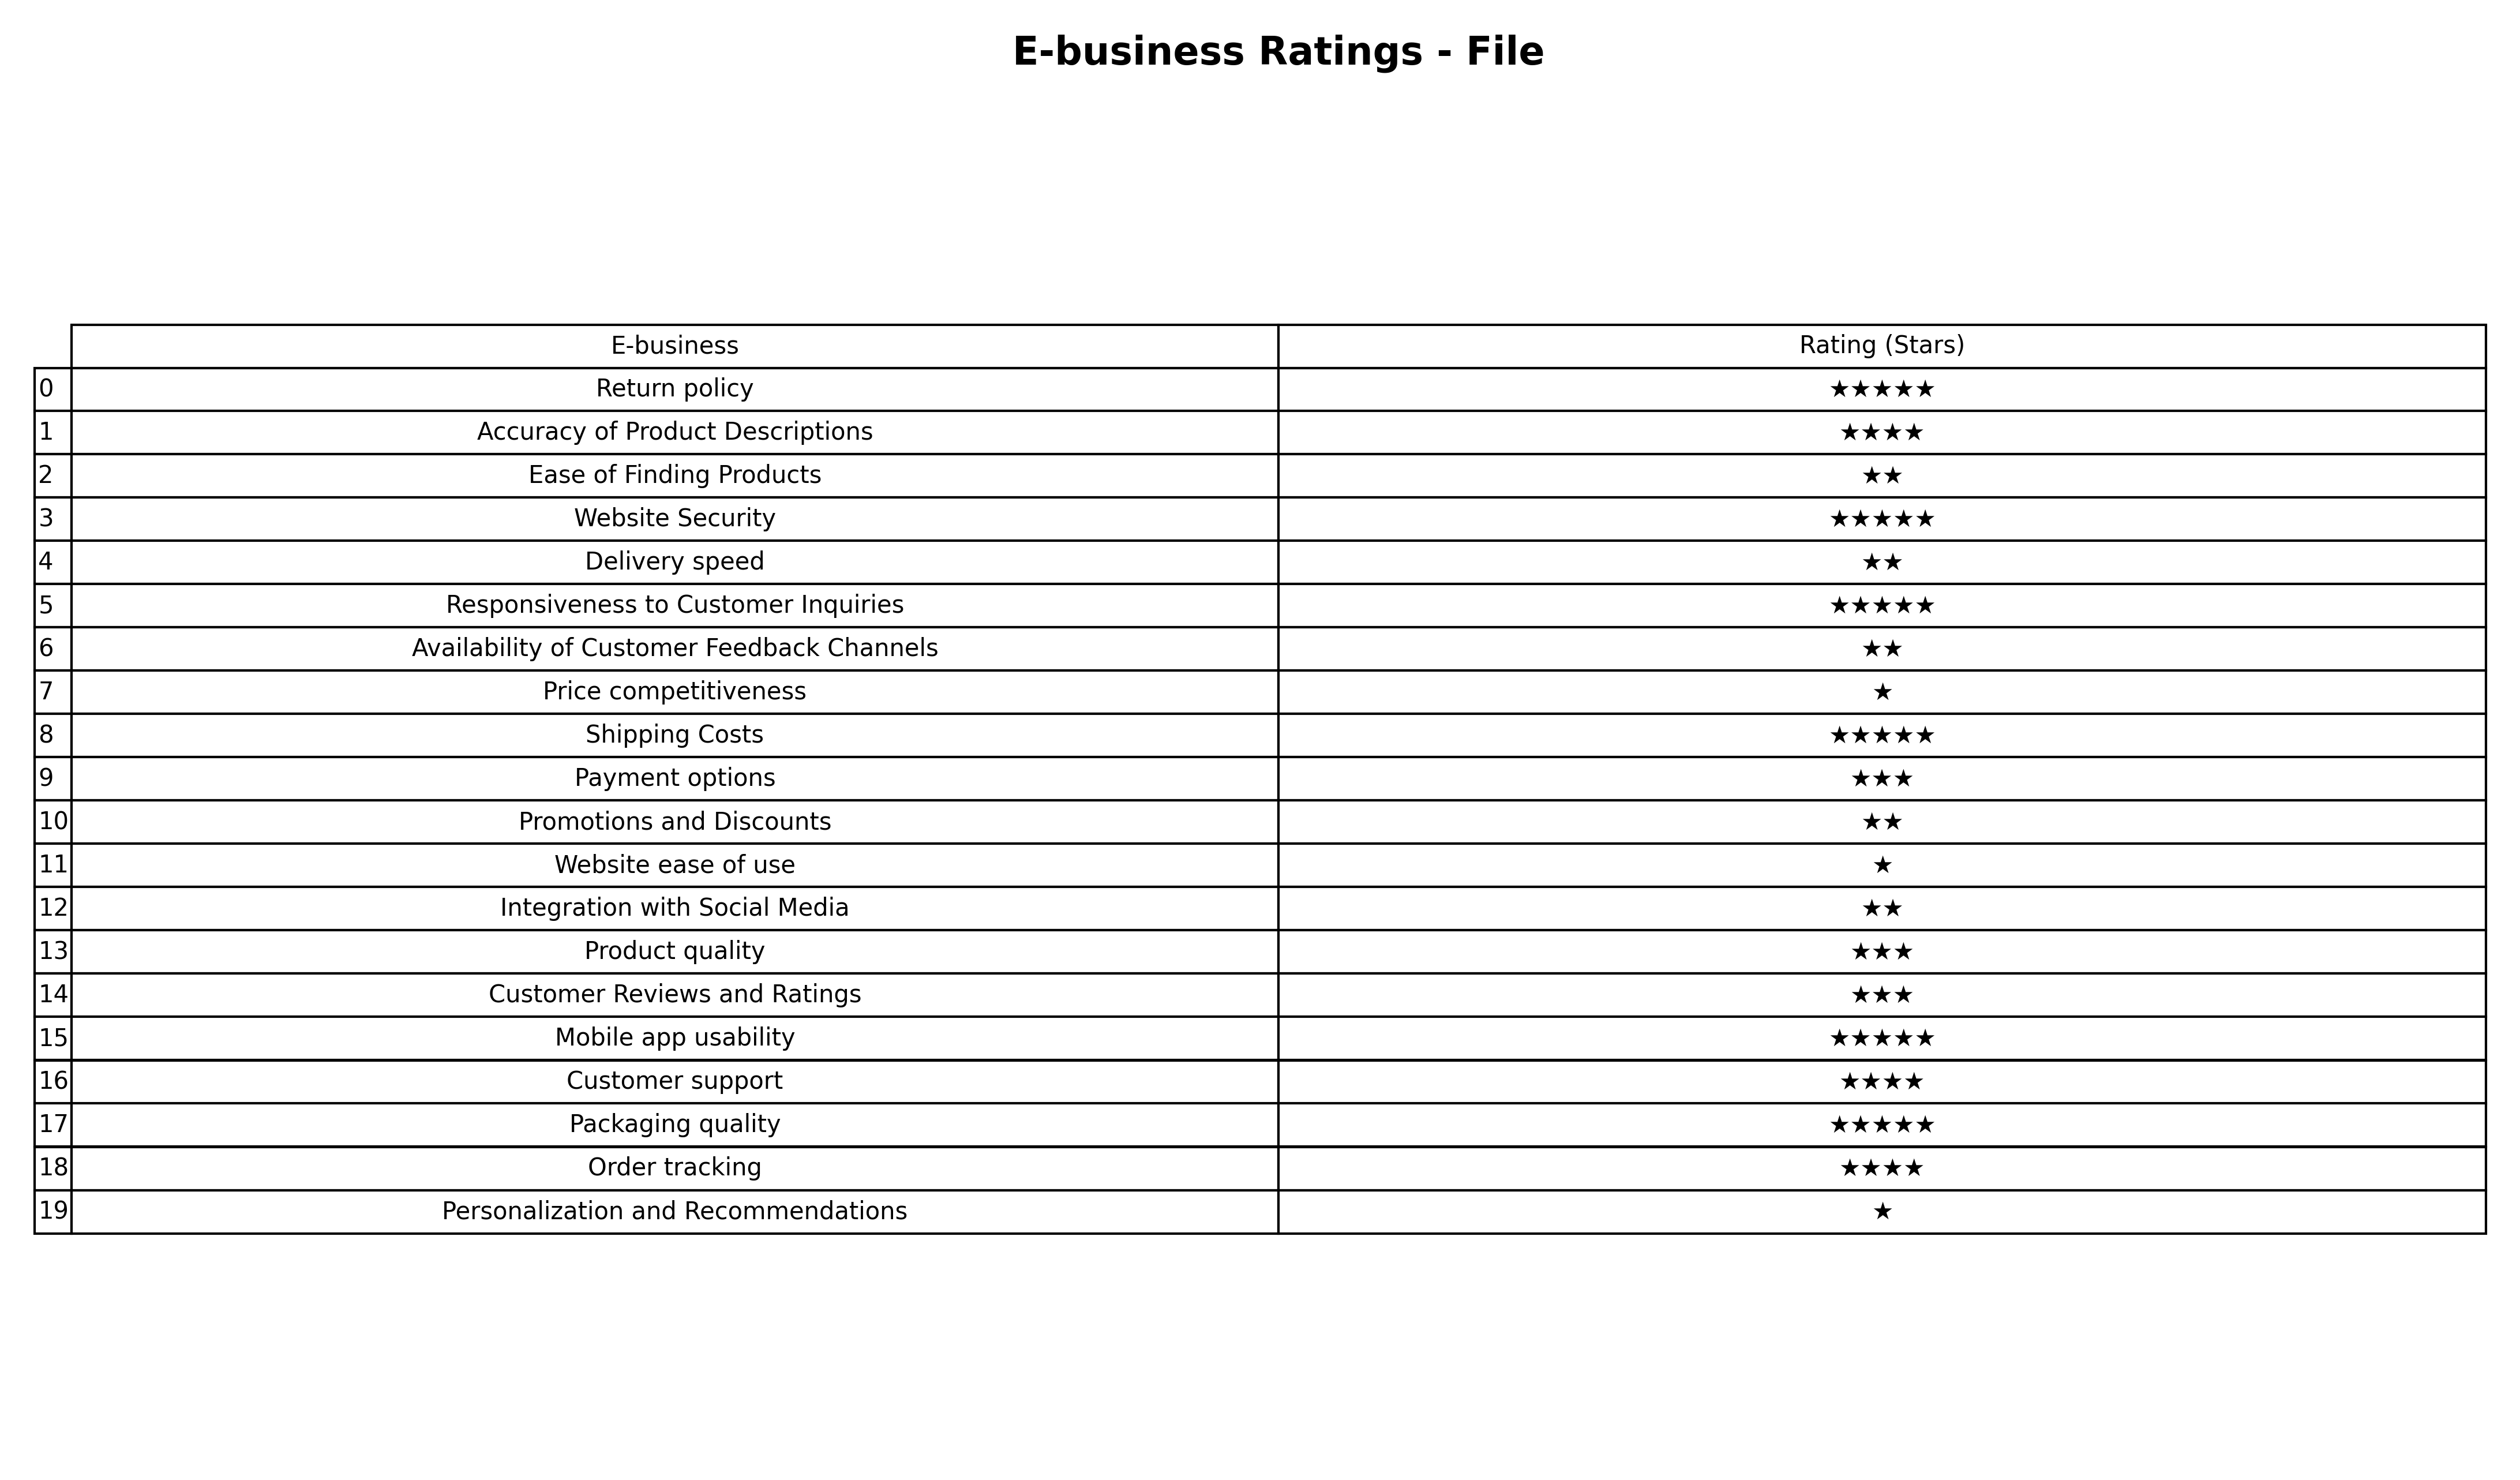
question: What is the rating of Website Security?
answer: ★★★★★